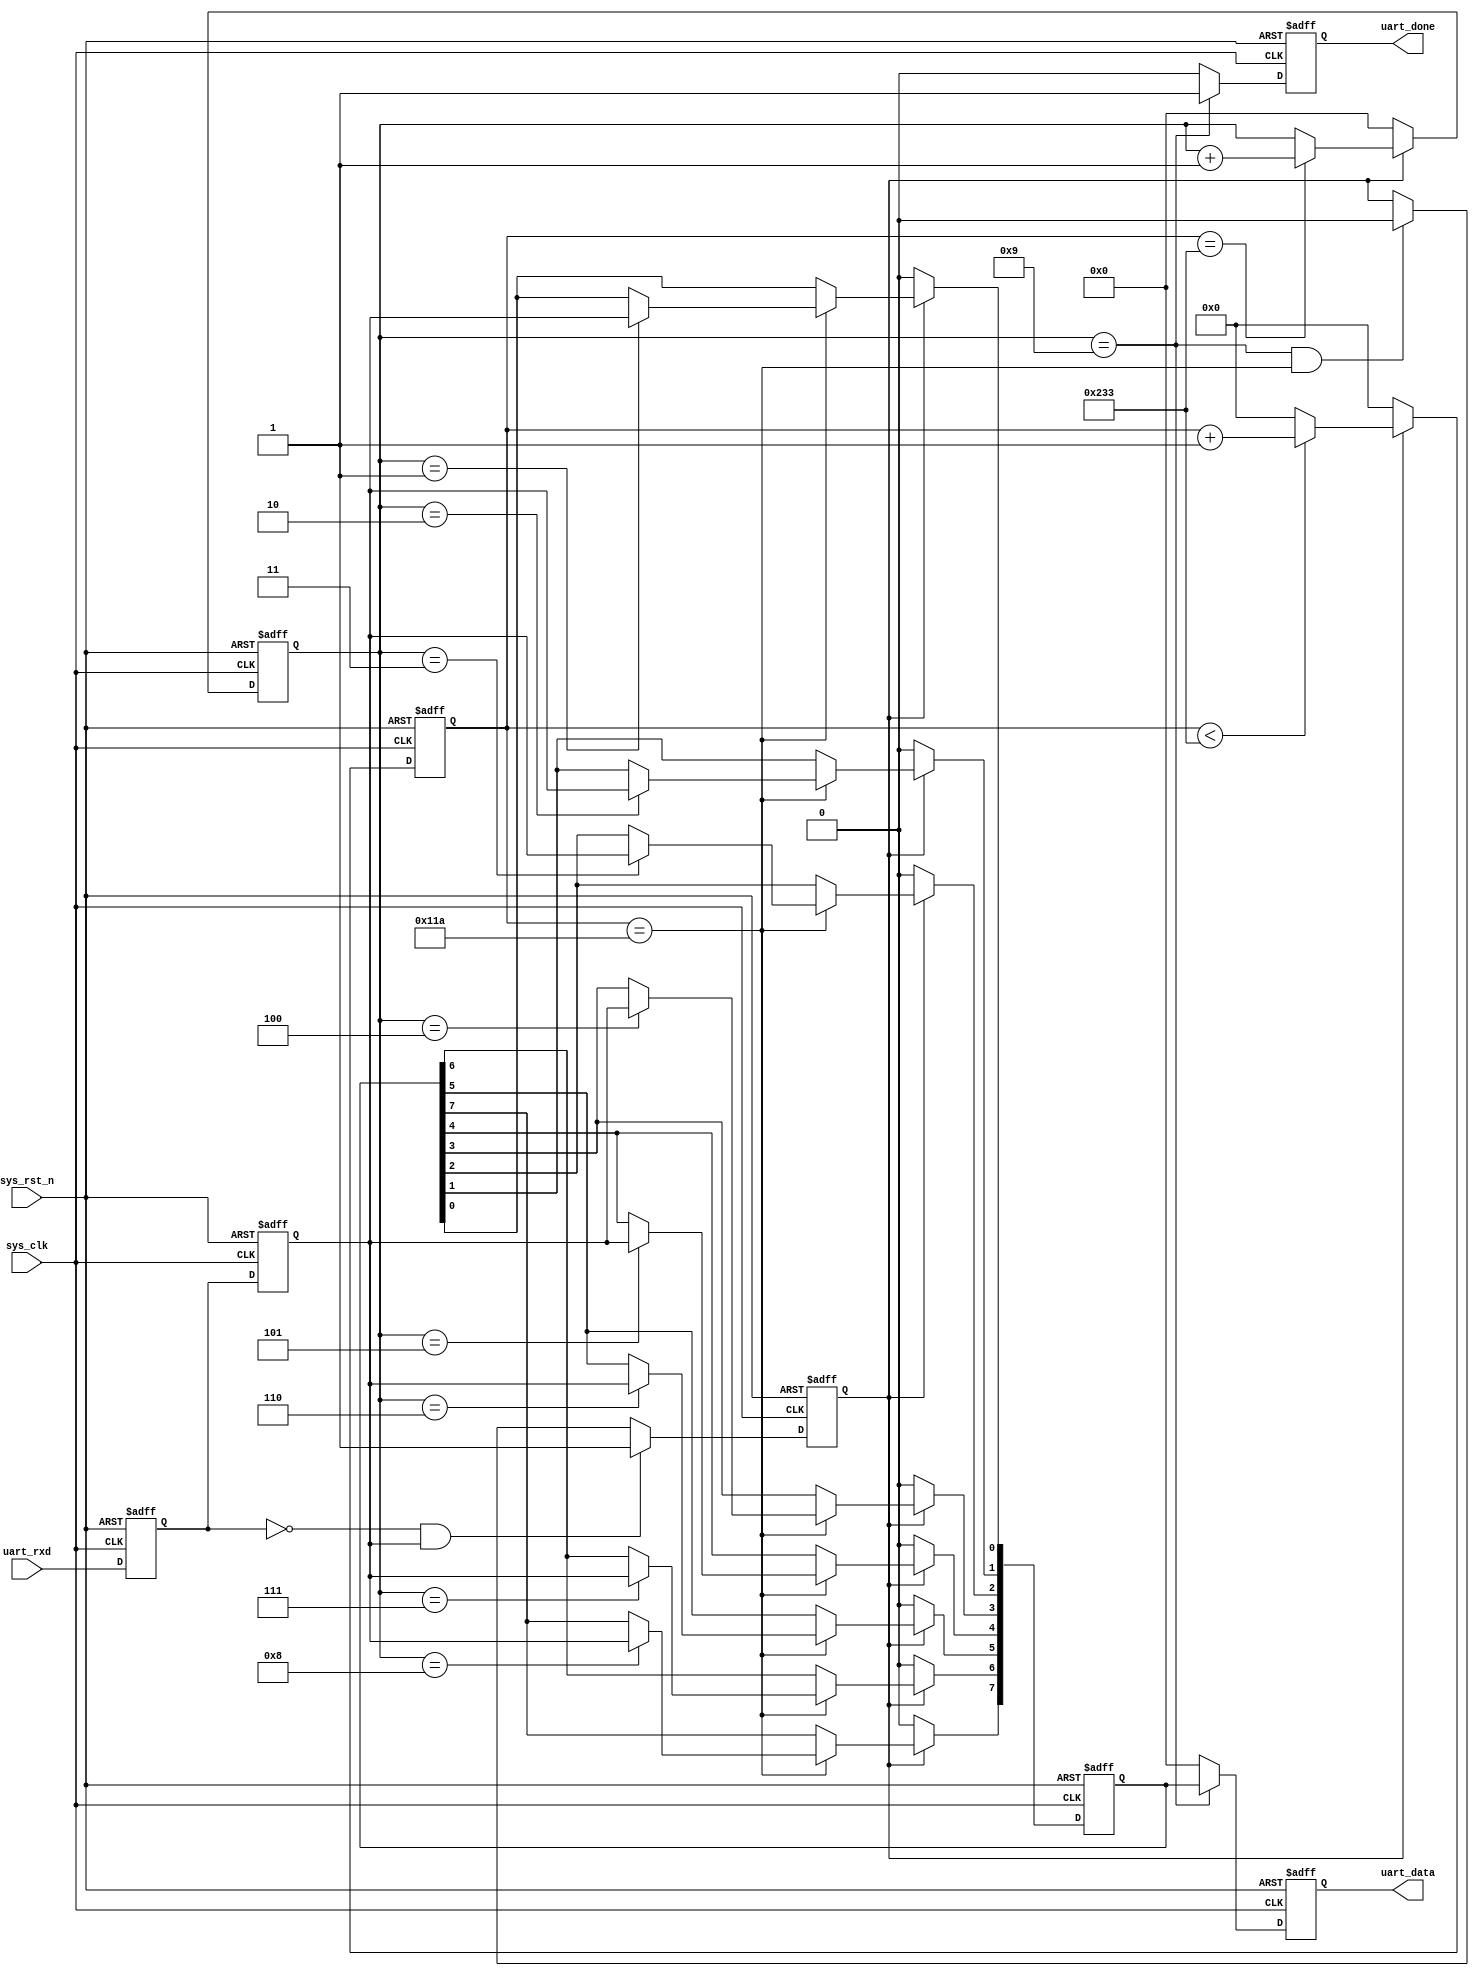
`timescale 1ns / 1ps
//////////////////////////////////////////////////////////////////////////////////
// Company: 
// Engineer: 
// 
// Design Name: 
// Module Name: uart_recv
// Project Name: 
// Target Devices: 
// Tool Versions: 
// Description: 
// 
// Dependencies: 
// 
// Revision:
// Revision 0.01 - File Created
// Additional Comments:
// 
//////////////////////////////////////////////////////////////////////////////////


module uart_recv(
    input               sys_clk,
    input               sys_rst_n,
    input               uart_rxd,
    output reg [7:0]    uart_data,
    output reg          uart_done
    );

parameter CLK_FREQ = 65000000;
parameter UART_BPS = 115200;
localparam BPS_CNT = CLK_FREQ/UART_BPS;

reg [7:0]   rx_data;
reg [7:0]   rx_cnt;
reg [15:0]  clk_cnt;
reg         rx_flag;
reg         uart_rxd_d0;
reg         uart_rxd_d1;

wire        start_flag;

assign start_flag = (~uart_rxd_d0)&uart_rxd_d1;

always @(posedge sys_clk or negedge sys_rst_n) begin
    if (~sys_rst_n) begin
        uart_rxd_d0<=1'b0;
        uart_rxd_d1<=1'b0;
    end else begin
        uart_rxd_d0 <= uart_rxd;
        uart_rxd_d1 <= uart_rxd_d0;
    end
end

always @(posedge sys_clk or negedge sys_rst_n) begin
    if (~sys_rst_n) begin
        rx_flag<=1'b0;
    end else begin
        if(start_flag)
            rx_flag <= 1'b1;
        else if ((rx_cnt==9) && (clk_cnt==BPS_CNT/2))
            rx_flag <= 1'b0;
        else
            rx_flag <= rx_flag;
     end
end

always @(posedge sys_clk or negedge sys_rst_n) begin
    if (~sys_rst_n) begin
        clk_cnt <= 16'd0;
    end else if (rx_flag) begin
        if (clk_cnt<BPS_CNT-1)
            clk_cnt <= clk_cnt+1'b1;
        else
            clk_cnt<=16'd0;
    end
    else 
        clk_cnt <= 16'd0;
end

always @(posedge sys_clk or negedge sys_rst_n) begin
    if (~sys_rst_n) begin
        rx_cnt <= 4'd0;
    end else begin
        if (rx_flag) begin
            if (clk_cnt==BPS_CNT-1)
                rx_cnt <= rx_cnt + 1'b1;
            else 
                rx_cnt <= rx_cnt;
        end else
            rx_cnt <= 4'd0;

    end
end

always @(posedge sys_clk or negedge sys_rst_n) begin
    if (~sys_rst_n) begin
        rx_data <= 8'd0;
    end else if (rx_flag)
        if (clk_cnt==BPS_CNT/2) begin
            case(rx_cnt)
                4'd1:   rx_data[0] <= uart_rxd_d1; 
                4'd2:   rx_data[1] <= uart_rxd_d1; 
                4'd3:   rx_data[2] <= uart_rxd_d1; 
                4'd4:   rx_data[3] <= uart_rxd_d1; 
                4'd5:   rx_data[4] <= uart_rxd_d1; 
                4'd6:   rx_data[5] <= uart_rxd_d1; 
                4'd7:   rx_data[6] <= uart_rxd_d1; 
                4'd8:   rx_data[7] <= uart_rxd_d1; 
                default: ;
            endcase
        end else
            rx_data <= rx_data;
    else
        rx_data <= 8'd0;
end

always @(posedge sys_clk or negedge sys_rst_n) begin
    if (~sys_rst_n) begin
        uart_data <= 8'd0;
        uart_done <= 1'b0;
    end else if (rx_cnt==9) begin
        uart_data <= rx_data;
        uart_done <= 1'b1;
    end else begin
        uart_data <= 8'd0;
        uart_done <= 1'b0;
    end
end
endmodule